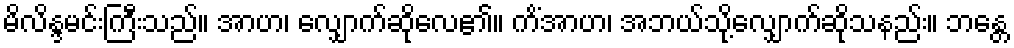
မိလိန္ဒမင်းကြီးသည်။ အာဟ၊ လျှောက်ဆိုလေ၏။ ကိံအာဟ၊ အဘယ်သို့လျှောက်ဆိုသနည်း။ ဘန္တေ